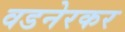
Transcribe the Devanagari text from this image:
वडनेरकर